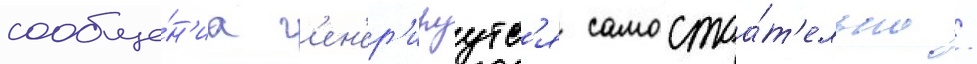
сообще́н'иа г'ен'ер'ируутс'я самостоа́т'ельно /